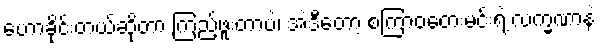
ဟောခိုင်းတယ်ဆိုတာ ကြည့်ဖူးတာပဲ၊ အဲဒီတော့ စကြာဝတေးမင်းရဲ့ လက္ခဏာနဲ့